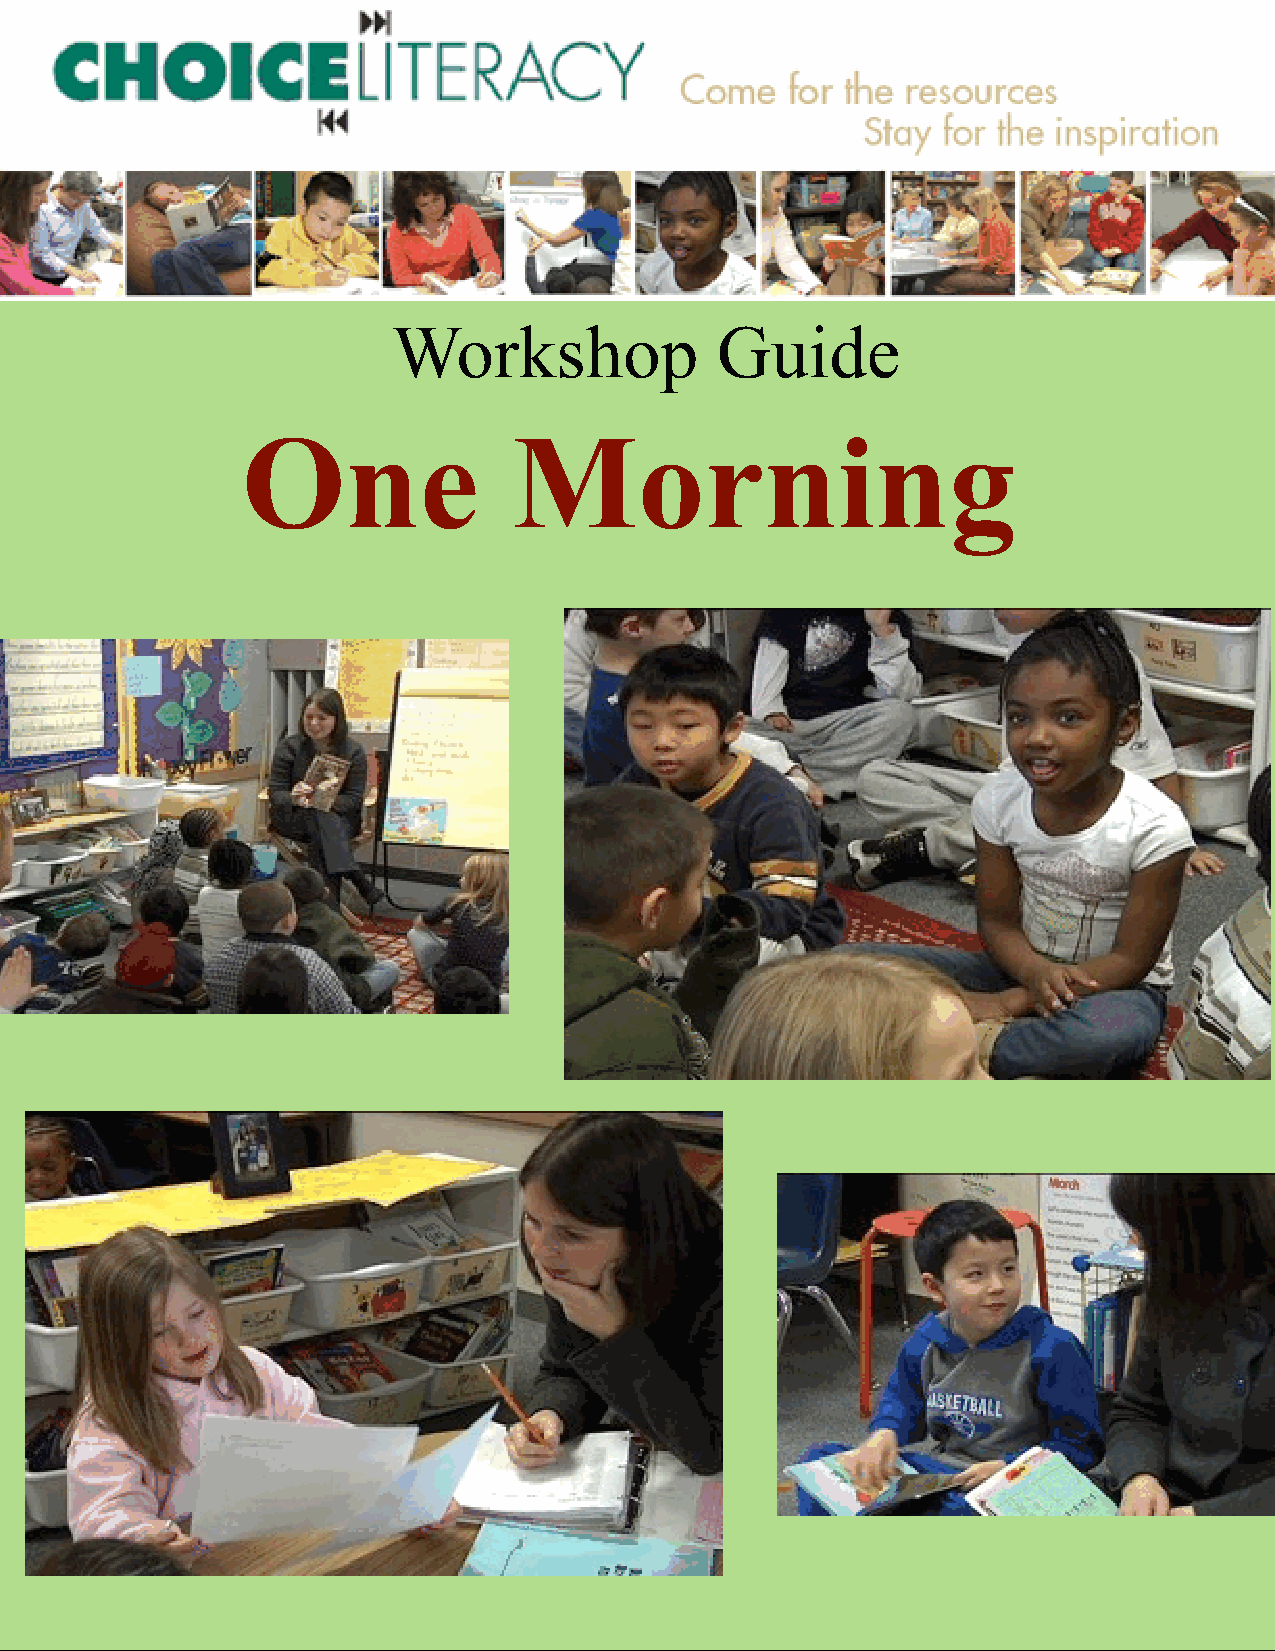
Workshop             Guide
 One               Morning
 ©
 Choice Literacy       www.choiceliteracy.com   All rights reserved